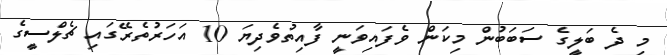
މި ދެ ބަލީގެ ސަބަބުން މިކަން ވެފައިވަނީ ފާއިތުވެދިޔަ 10 އަހަރުތެރޭގައި ޗެލްސީގެ